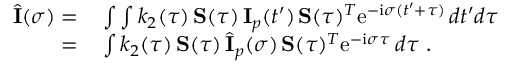
\begin{array} { r l } { \hat { \bf \cal I } ( \sigma ) = } & { { } \int \int k _ { 2 } ( \tau ) \, { \bf \cal S } ( \tau ) \, { \bf \cal I } _ { p } ( t ^ { \prime } ) \, { \bf \cal S } ( \tau ) ^ { T } \mathrm { e } ^ { - \mathrm { i } \sigma ( t ^ { \prime } + \tau ) } \, d t ^ { \prime } d \tau } \\ { = } & { { } \int k _ { 2 } ( \tau ) \, { \bf \cal S } ( \tau ) \, \hat { \bf \cal I } _ { p } ( \sigma ) \, { \bf \cal S } ( \tau ) ^ { T } \mathrm { e } ^ { - \mathrm { i } \sigma \tau } \, d \tau \ . } \end{array}